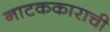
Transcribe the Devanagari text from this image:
नाटककाराची